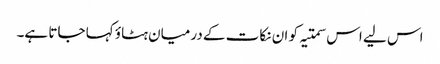
اس لیے اس سمتیہ کو ان نکات کے درمیان ہٹاؤ کہا جاتا ہے۔